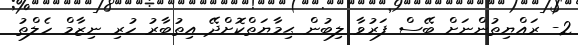
2- ރައްޔިތުންނަށް ބޭސް ފަރުވާ ލިބުން ޙިމާޔަތްކޮށްދޭ އިތުބާރު ހުރި ނިޒާމް ހެލްތު